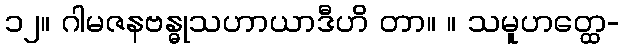
၁၂။ ဂါမဇနဗန္ဓုသဟာယာဒီဟိ တာ။ ။ သမူဟတ္ထေ-